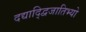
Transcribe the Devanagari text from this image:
दद्याद्द्विजातिभ्यो